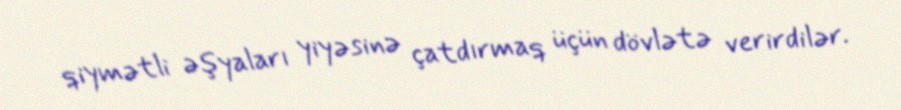
qiymətli əşyaları yiyəsinə çatdırmaq üçün dövlətə verirdilər.